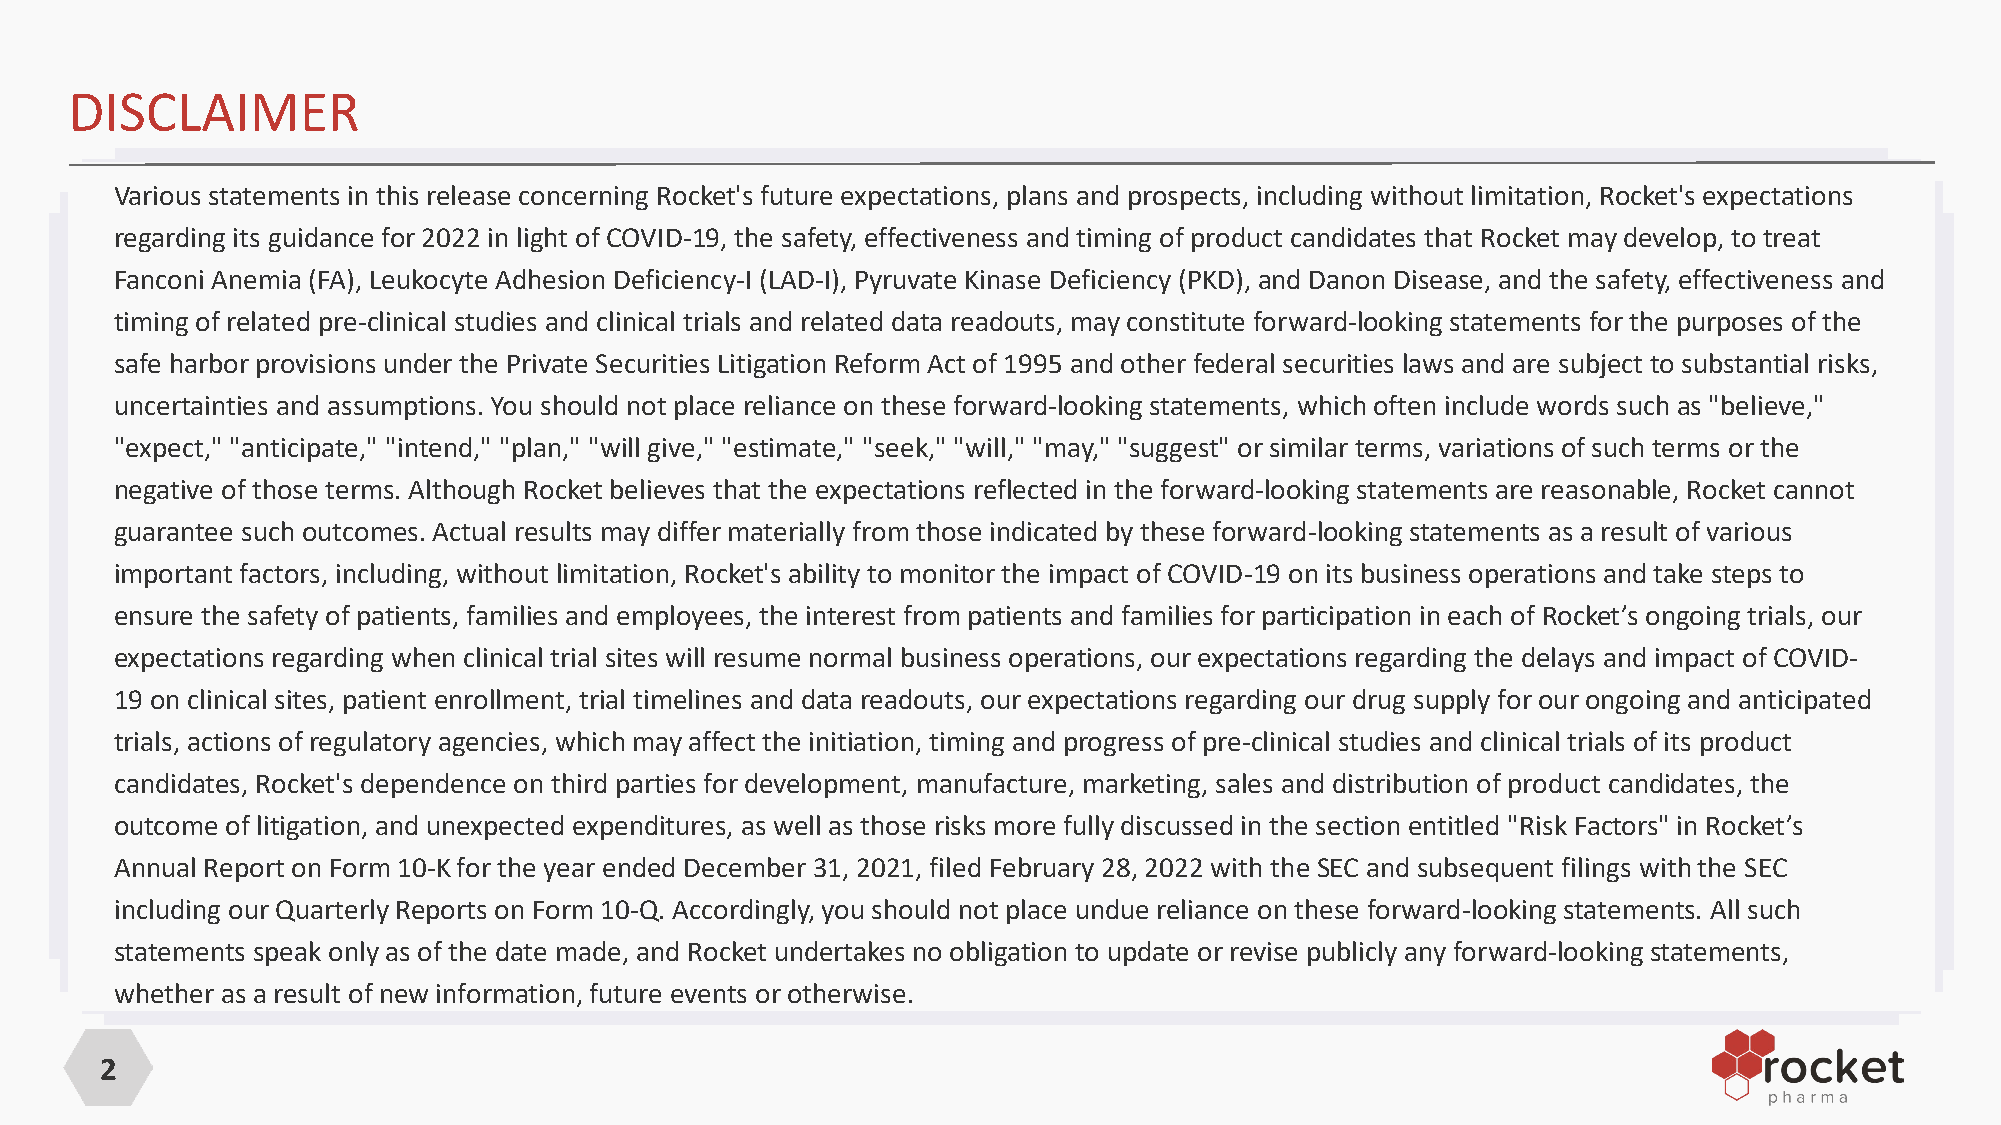
DISCLAIMER
 Various statements in this release concerning Rocket's future expectations, plans and prospects, including without limitation, Rocket's expectations
 regarding its guidance for 2022 in light of COVID-19, the safety, effectiveness and timing of product candidates that Rocket may develop, to treat
 Fanconi Anemia (FA), Leukocyte Adhesion Deficiency-I (LAD-I), Pyruvate Kinase Deficiency (PKD), and Danon Disease, and the safety, effectiveness and
 timing of related pre-clinical studies and clinical trials and related data readouts, may constitute forward-looking statements for the purposes of the
 safe harbor provisions under the Private Securities Litigation Reform Act of 1995 and other federal securities laws and are subject to substantial risks,
 uncertainties and assumptions. You should not place reliance on these forward-looking statements, which often include words such as "believe,"
 "expect," "anticipate," "intend," "plan," "will give," "estimate," "seek," "will," "may," "suggest" or similar terms, variations of such terms or the
 negative of those terms. Although Rocket believes that the expectations reflected in the forward-looking statements are reasonable, Rocket cannot
 guarantee such outcomes. Actual results may differ materially from those indicated by these forward-looking statements as a result of various
 important factors, including, without limitation, Rocket's ability to monitor the impact of COVID-19 on its business operations and take steps to
 ensure the safety of patients, families and employees, the interest from patients and families for participation in each of Rocket’s ongoing trials, our
 expectations regarding when clinical trial sites will resume normal business operations, our expectations regarding the delays and impact of COVID-
 19 on clinical sites, patient enrollment, trial timelines and data readouts, our expectations regarding our drug supply for our ongoing and anticipated
 trials, actions of regulatory agencies, which may affect the initiation, timing and progress of pre-clinical studies and clinical trials of its product
 candidates, Rocket's dependence on third parties for development, manufacture, marketing, sales and distribution of product candidates, the
 outcome of litigation, and unexpected expenditures, as well as those risks more fully discussed in the section entitled "Risk Factors" in Rocket’s
 Annual Report on Form 10-K for the year ended December 31, 2021, filed February 28, 2022 with the SEC and subsequent filings with the SEC
 including our Quarterly Reports on Form 10-Q. Accordingly, you should not place undue reliance on these forward-looking statements. All such
 statements speak only as of the date made, and Rocket undertakes no obligation to update or revise publicly any forward-looking statements,
 whether as a result of new information, future events or otherwise.
 2